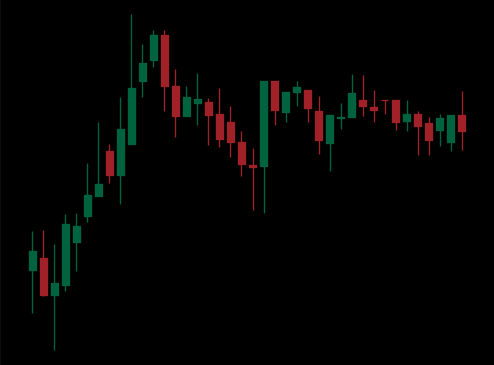
Pattern: unclassified